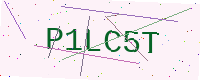
Text: P1LC5T